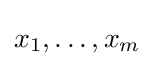
x_{1},\ldots ,x_{m}